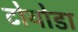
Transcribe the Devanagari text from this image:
टोयोडा